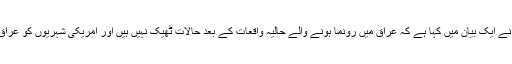
النشرہ کی رپورٹ کے امریکی وزارت خارجہ نے ایک بیان میں کہا ہے کہ عراق میں رونما ہونے والے حالیہ واقعات کے بعد حالات ٹھیک نہیں ہیں اور امریکی شہریوں کو عراق میں مشکلات اورخطرات کا سامنا ہوسکتا ہے۔